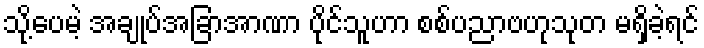
သို့ပေမဲ့ အချုပ်အခြာအာဏာ ပိုင်သူဟာ စစ်ပညာဗဟုသုတ မရှိခဲ့ရင်